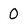
Character: 0